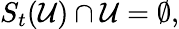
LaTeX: S_{t}(\mathcal{U})\cap\mathcal{U}=\emptyset,